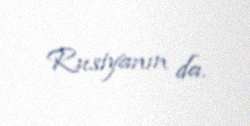
Rusiyanın da.